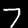
Label: 7